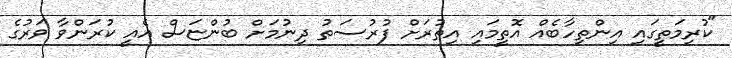
"ކުރިމަތީގައި އިންތިހާބެއް އޮތީމައި އިތުރަށް ފުރުސަތު ދިނުމަށް ބުންޏަސް އެއީ ކުރަންވާ ވަރުގެ